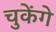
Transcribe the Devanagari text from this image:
चुकेंगे